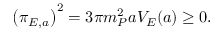
\bigl ( \pi _ { E , a } \bigr ) ^ { 2 } = 3 \pi m _ { P } ^ { 2 } a V _ { E } ( a ) \geq 0 .